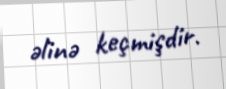
əlinə keçmişdir.